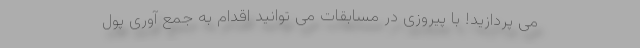
می پردازید! با پیروزی در مسابقات می توانید اقدام به جمع آوری پول